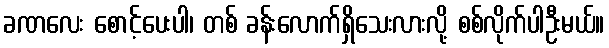
ခဏလေး စောင့်ပေးပါ၊ တစ် ခန်းလောက်ရှိသေးလားလို့ စစ်လိုက်ပါဦးမယ်။